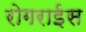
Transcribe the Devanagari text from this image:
रोगराईस